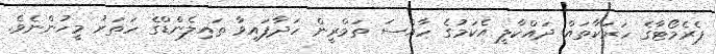
ޕެރެމޯޓާގެ ހަރަކާތައް ދައްކާލީ އެކަމުގެ ހާއްސަ ތަމްރީން ހަދާފައިވާ ތައިލެންޑްގެ ހަތަރު މީހުންނެވެ.